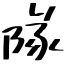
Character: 隊